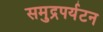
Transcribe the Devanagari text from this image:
समुद्रपर्यटन